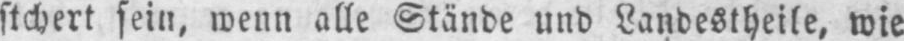
stchert sein, wenn alle Stände und Landestheile, wie